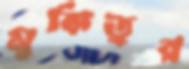
মুকিতুর